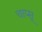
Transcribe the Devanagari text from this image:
चाप्सू